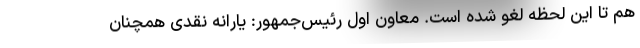
هم تا این لحظه لغو شده است. معاون اول رئیس‌جمهور: یارانه نقدی همچنان